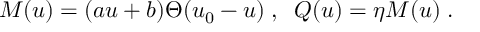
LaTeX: M ( u ) = ( a u + b ) \Theta ( u _ { 0 } - u ) \; , \; \; Q ( u ) = \eta M ( u ) \; .